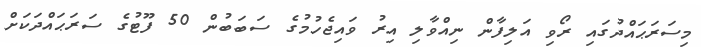
މިސަރަޙައްދުގައި ރޯވި އަލިފާން ނިއްވާލި އިރު ވައިޖެހުމުގެ ސަބަބުން 50 ފޫޓުގެ ސަރަޙައްދަކަށް